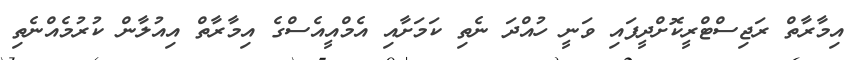
އިމާރާތް ރަޖިސްޓްރީކޮށްދީފައި ވަނީ ހުއްދަ ނެތި ކަމަށާއި އެމްއީއެސްގެ އިމާރާތް އިއުލާން ކުރުމެއްނެތި